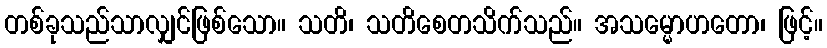
တစ်ခုသည်သာလျှင်ဖြစ်သော။ သတိ၊ သတိစေတသိက်သည်။ အသမ္မောဟတော၊ ဖြင့်။